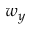
w _ { y }